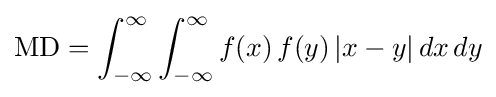
\mathrm {MD} =\int _{-\infty }^{\infty }\int _{-\infty }^{\infty }f(x)\,f(y)\,|x-y|\,dx\,dy